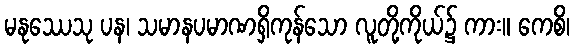
မနုဿေသု ပန၊ သမာနပမာဏရှိကုန်သော လူတို့ကိုယ်၌ ကား။ ကေစိ၊